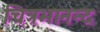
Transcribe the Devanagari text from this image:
चित्रभानन्द